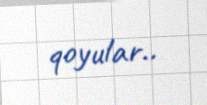
qoyular..